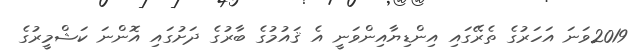
2019ވަނަ އަހަރުގެ ތެރޭގައި އިންޑިޔާއިންވަނީ އެ ޤައުމުގެ ބާރުގެ ދަށުގައި އޮންނަ ކަޝްމީރުގެ